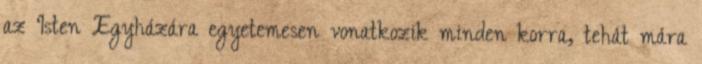
az Isten Egyházára egyetemesen vonatkozik minden korra, tehát mára